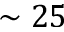
\sim 2 5